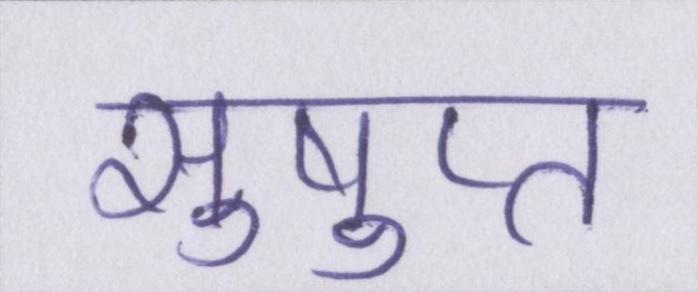
सुषुप्त